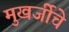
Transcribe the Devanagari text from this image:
मुखर्जीचे